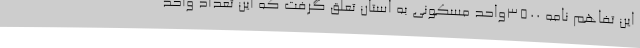
این تفاهم نامه 3500واحد مسکونی به استان تعلق گرفت که این تعداد واحد